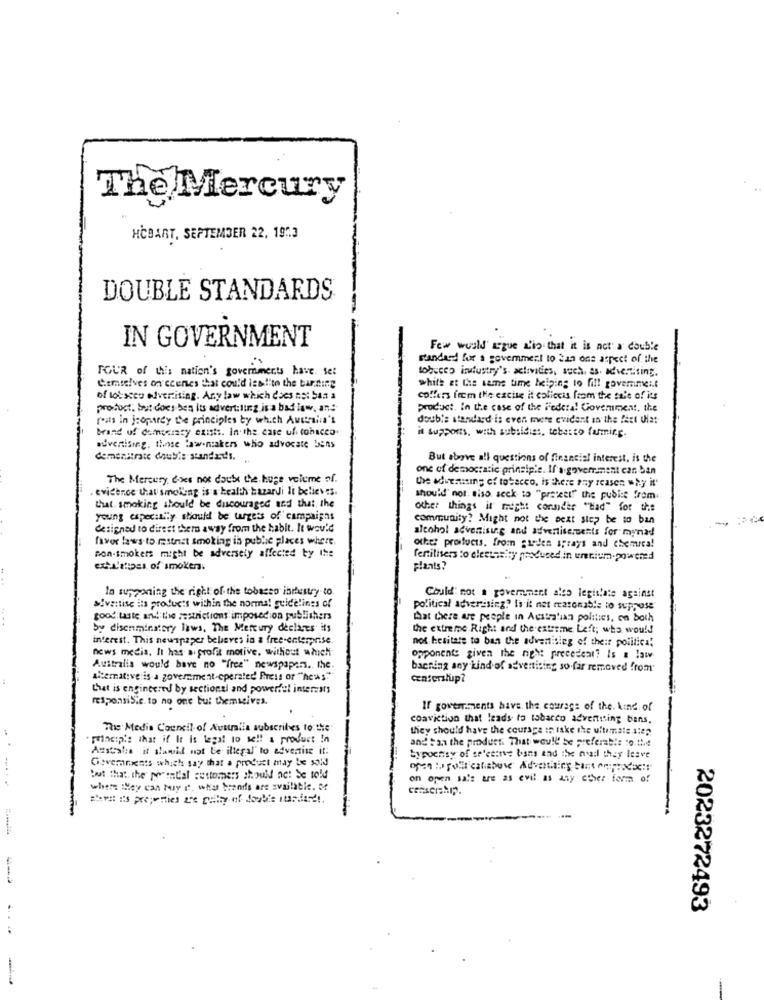
The Mercury
HCBART, SEPTEMBER 22, 1973
DOUBLE STANDARDS
IN GOVERNMENT
Few would' acque so that it is not a double
standard for a government to San one aspect of. the
FOUR of this nation's governments have set
tobuceo istustry's activities, such. as. advertising.
C.emseives on scenes that could iss!ito the burning
white at the same time helping to fill governimei.t
of lot seco Advertising. Any law which does not ban a
coffers from the excise it coliccis from the tale of its
product, but does ben its advertising is a bad law, and
product. In the case of the iedere! Covemment, the
reits in jeopardy the principles by which Australia's
doubis standard is even mete evident in the fact Uat
brand of democracy exists. In the case ufi tobacco
it supports, with subsidies, tebarto farming.
advertising, thise aw-makers who advocate bens
demonstrate double standards.
But above all questions of financial interest, is the
one of democratic prinsipie. If a goverment can ban
The Mercury does not doubt the huge veleme of.
the aduensing of tobacco, is there any reason why it
evicenoe that'smolleng is s health bazardi Ii believes.
should' not. siso, seck to "pretett"" the pubist from
that. smoking should be discouraged and that, the
other things it might connder "Had" for the
young caper:L"y should be targets of campaigns
community? Might not the next step be to ban
designed to direst them away from the habit. It wou'd
alcohol advertising and advertisements for myriad
favor laws-to mestniet smoking is public places where.
other products. from gaeden sprays and chemical
non-smokers might be adversely affected by the
fentilisers to cleetasity produced in unnium-powered
plants?
In supponing the right of the tobasso ibrestry to.
Could not a government also legislate against
sivatise its products within the normal guidelines of
political advertising? la it not reasonable to suppose
good taste and the restrictions imposed on publishers
that there are people in Australian politics, on both
by disenminatery laws, The Mercury declares' its
the extreme Right and the extreme Left; who would
interest. This newspaper believes in a free-enterprise.
not hesitate to ban the adventisieg of their politica!
news media, It has a. profit motive. without which
opponents given the night precedent? Is a law
Australia would have no "free" newspapers. the.
bacning any kind of advertising so far removed from
alternative is a government-operated' Press or "news""
centerslup?
that is engineered by sectional and powerful interests
responsis.e. to no one but themselves.
If governments have. the courage of the. kind of
conviction that leads to tobacco advertising bans.
The Media Council of Ausunlia subscribes to the
they should have the courage in take the ultimate slep
welkeip : that if It is legal to se !! & product In
and tan the product. That would be preferable to.the
Australia it slamiil not be illegal' to advertise it:
Governments which say that a product may be sold
typoetsy of se'eeine bans and the nail they leave
open: Soli catabove Advertising bastonexxx ::
but that the parental customers should not be sold
on open sale are as evil as any other form of
where they can buy a. who brands are available. M
=best its properties are guilty of double sunfandt.
2023272493
1